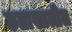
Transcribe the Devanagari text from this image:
छत्राखालील